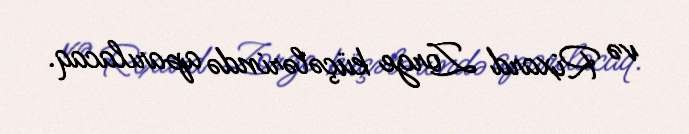
və Rixard Zorge küçələrində aparılacaq.